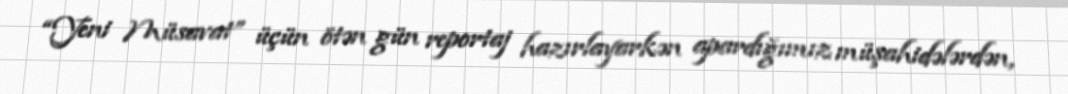
“Yeni Müsavat” üçün ötən gün reportaj hazırlayarkən apardığımız müşahidələrdən,